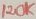
Text: 120K